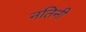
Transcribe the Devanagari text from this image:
नतिनी